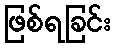
ဖြစ်ရခြင်း